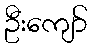
ဦးကျော်